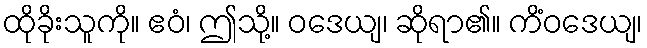
ထိုခိုးသူကို။ ဧဝံ၊ ဤသို့။ ဝဒေယျ၊ ဆိုရာ၏။ ကိံဝဒေယျ၊